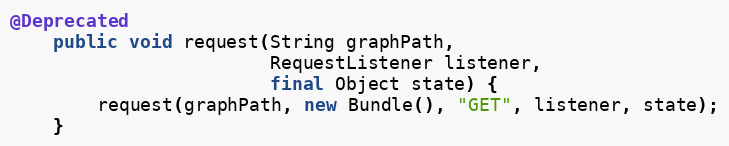
Language: Java
@Deprecated
    public void request(String graphPath,
                        RequestListener listener,
                        final Object state) {
        request(graphPath, new Bundle(), "GET", listener, state);
    }